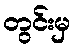
တွင်းမှ